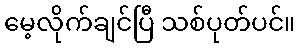
မေ့လိုက်ချင်ပြီ သစ်ပုတ်ပင်။